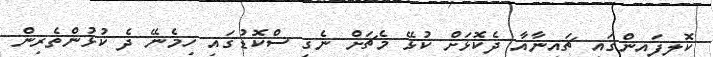
ކޮލިފައިންގައި ޗައިނާއާ ދެކޮޅަށް ކުޅޭ މެޗަށް ނެގި ސްކޮޑުގައި ހިމެނޭ ދެ ކުޅުންތެރިން